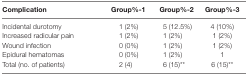
<table><thead><tr><td><b>Complication</b></td><td><b>Group%-1</b></td><td><b>Group%-2</b></td><td><b>Group%-3</b></td></tr></thead><tbody><tr><td>Incidental durotomy</td><td>1 (2%)</td><td>5 (12.5%)</td><td>4 (10%)</td></tr><tr><td>Increased radicular pain</td><td>1 (2%)</td><td>1 (2%)</td><td>1 (2%)</td></tr><tr><td>Wound infection</td><td>0 (0%)</td><td>1 (2%)</td><td>1 (2%)</td></tr><tr><td>Epidural hematomas</td><td>0 (0%)</td><td>1 (2%)</td><td>1</td></tr><tr><td>Total (no. of patients)</td><td>2 (4)</td><td>6 (15)**</td><td>6 (15)**</td></tr></tbody></table>